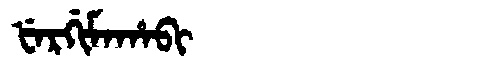
Manchu: ᡶᡝᡵᡤᡳᠮᠠᡥᠠᠪᡳ
Romanization: FERGIMAHABI